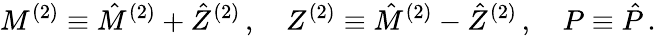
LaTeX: M^{(2)}\equiv\hat{M}^{(2)}+\hat{Z}^{(2)}\, ,\quad Z^{(2)}\equiv\hat{M}^{(2)}-\hat{Z}^{(2)}\, ,\quad P\equiv\hat{P}\, .